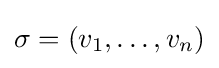
\sigma =(v_{1},\dots ,v_{n})